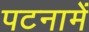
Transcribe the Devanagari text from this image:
पटनामें